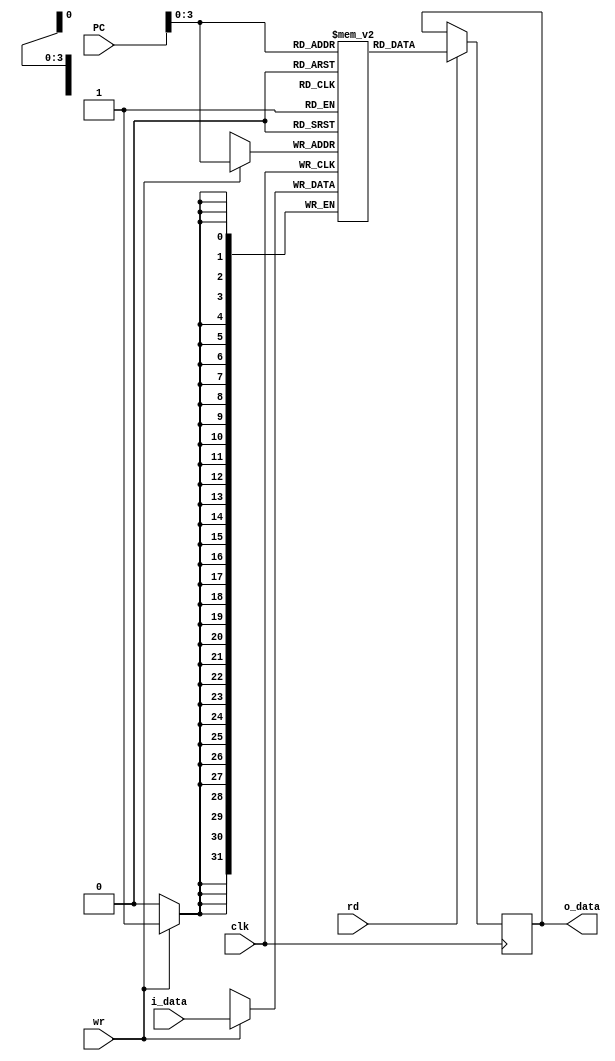
module memory
(
    input                 clk,
    input  [31:0]          PC,
    input                  rd,    //read signal
    input                  wr,    //write signal
    input  [31:0]      i_data,    //Input Data
    output reg [31:0]  o_data     //Output Data
);

    reg [31:0] memory [15:0];

    always@(posedge clk) begin
        if (wr) begin
            memory[PC] <= i_data;
        end      
        if (rd) begin
            o_data <= memory[PC];
        end 
    end

    //-----------------------------For Debug---------------------------------
    
    `ifdef DEBUG
        initial begin
            memory [0] = 32'h66618213;           //addi	tp,gp,1638
            memory [1] = 32'h6661a213;           //slti	tp,gp,1638
            memory [2] = 32'h6661b213;           //sltiu tp,gp,1638
            memory [3] = 32'h6661c213;           //xori	tp,gp,1638
            memory [4] = 32'h6661e213;           //ori	tp,gp,1638
            memory [5] = 32'h6661f213;           //andi	tp,gp,1638
            memory [6] = 32'h00619213;           //slli	tp,gp,0x6
            memory [7] = 32'h0061d213;           //srli	tp,gp,0x6
            memory [8] = 32'h4061d213;           //srai	tp,gp,0x6
        end
    `endif
endmodule